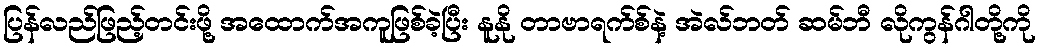
ပြန်လည်ဖြည့်တင်းဖို့ အထောက်အကူဖြစ်ခဲ့ပြီး နူနို တာဗာရက်စ်နဲ့ အဲလ်ဘတ် ဆမ်ဘီ လိုကွန်ဂါတို့ကို